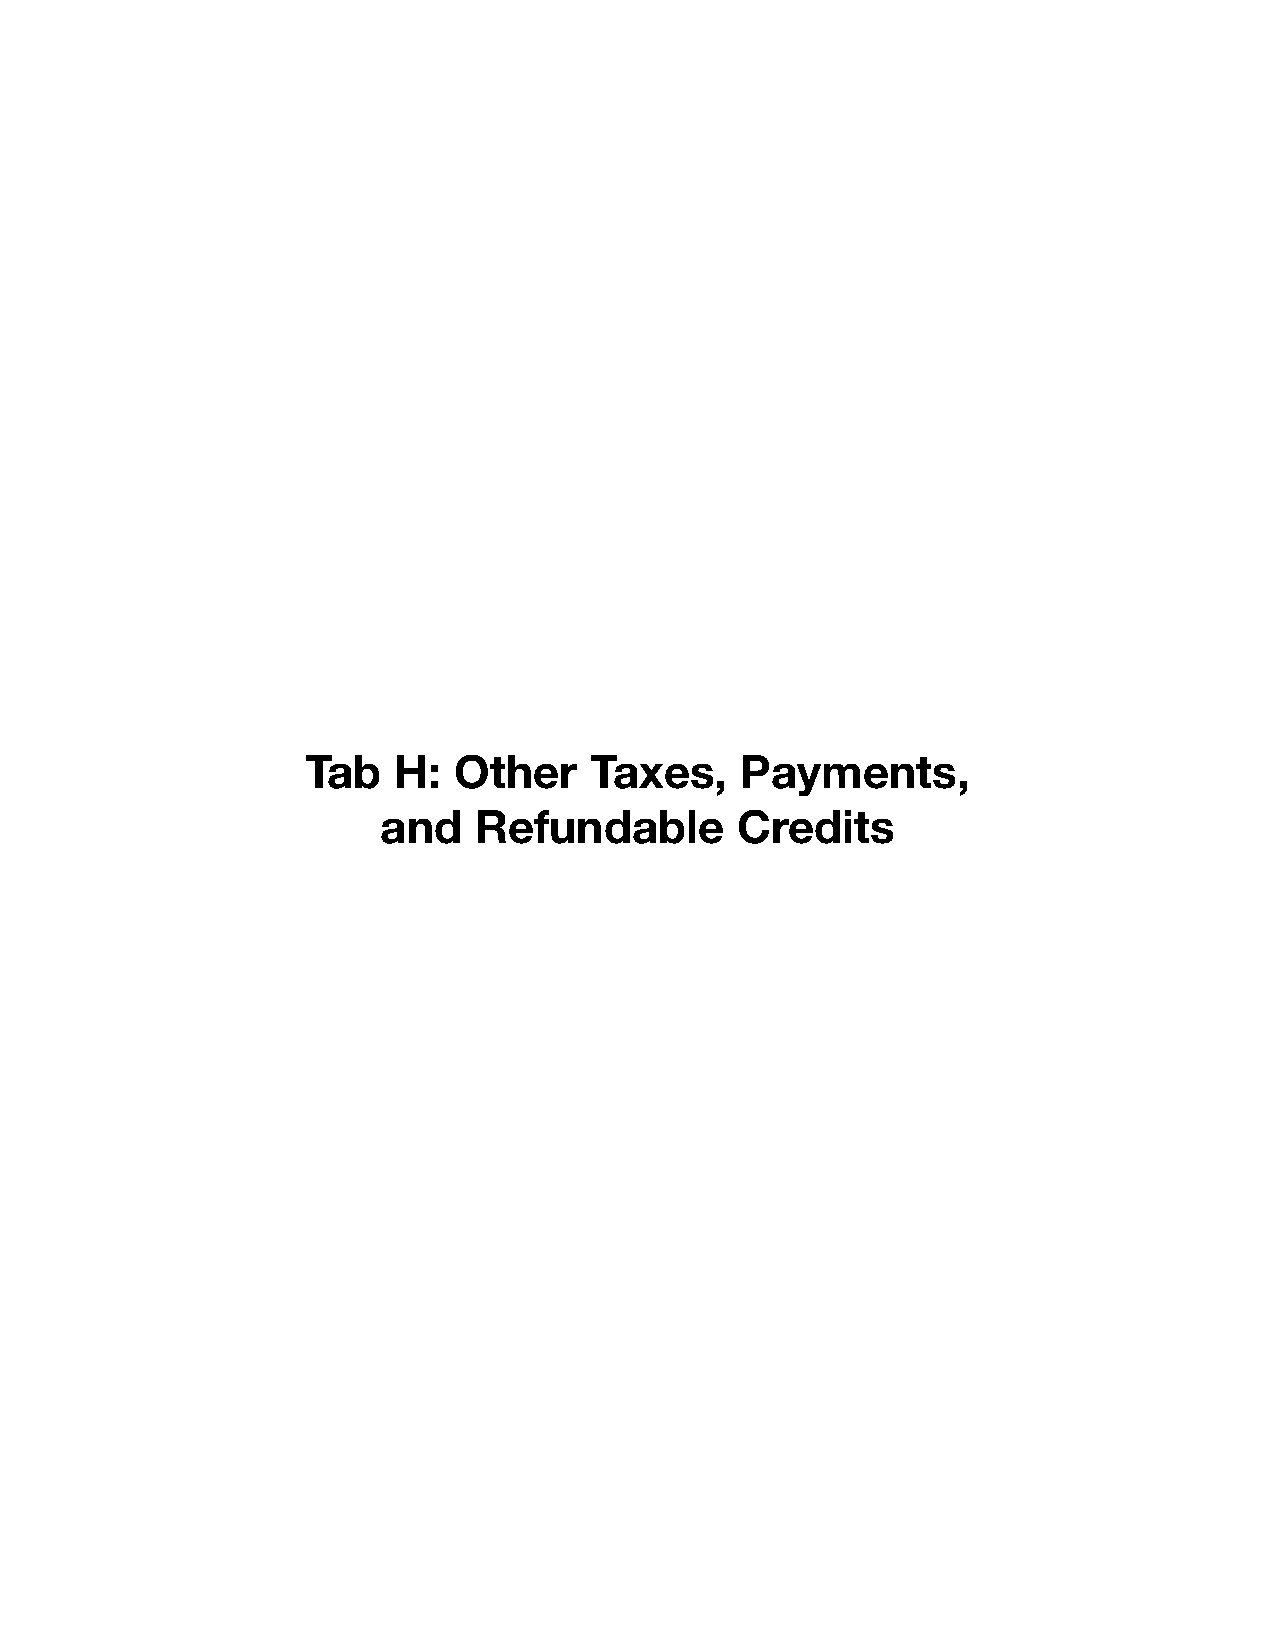
Tab   H:  Other    Taxes,    Payments,
 and   Refundable        Credits